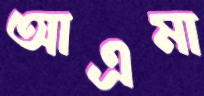
আএমা